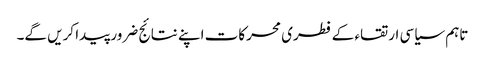
تاہم سیاسی ارتقاء کے فطری محرکات اپنے نتائج ضرور پیدا کریں گے۔